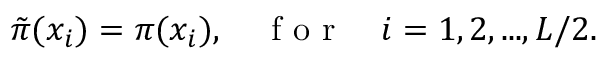
\begin{array} { r } { \tilde { \pi } ( x _ { i } ) = \pi ( x _ { i } ) , \quad \mathrm { ~ f ~ o ~ r ~ } \quad i = 1 , 2 , . . . , L / 2 . } \end{array}